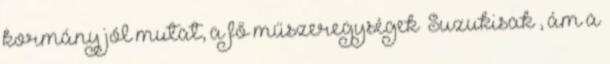
kormány jól mutat, a fő műszeregységek „Suzukisak”, ám a